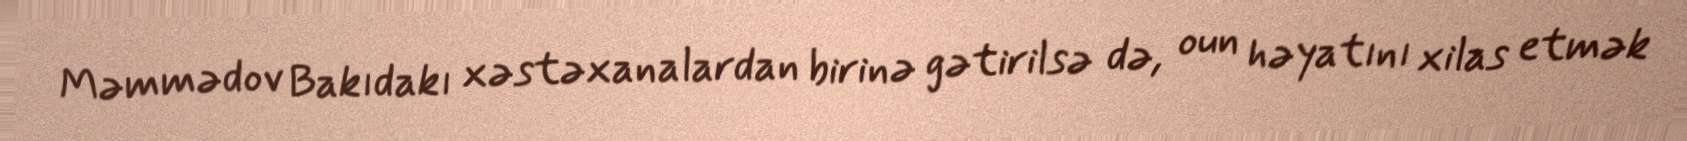
Məmmədov Bakıdakı xəstəxanalardan birinə gətirilsə də, oun həyatını xilas etmək